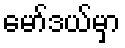
မော်ဒယ်မှာ